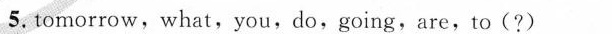
5. tomorrow,what,you,do,going,are,to( ? )